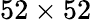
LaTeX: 52\times 52